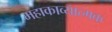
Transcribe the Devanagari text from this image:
महाकाव्‍यात्‍मक